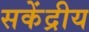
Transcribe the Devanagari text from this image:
सकेंद्रीय